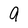
Character: q